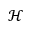
\mathcal { H }